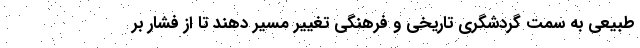
طبیعی به سمت گردشگری تاریخی و فرهنگی تغییر مسیر دهند تا از فشار بر